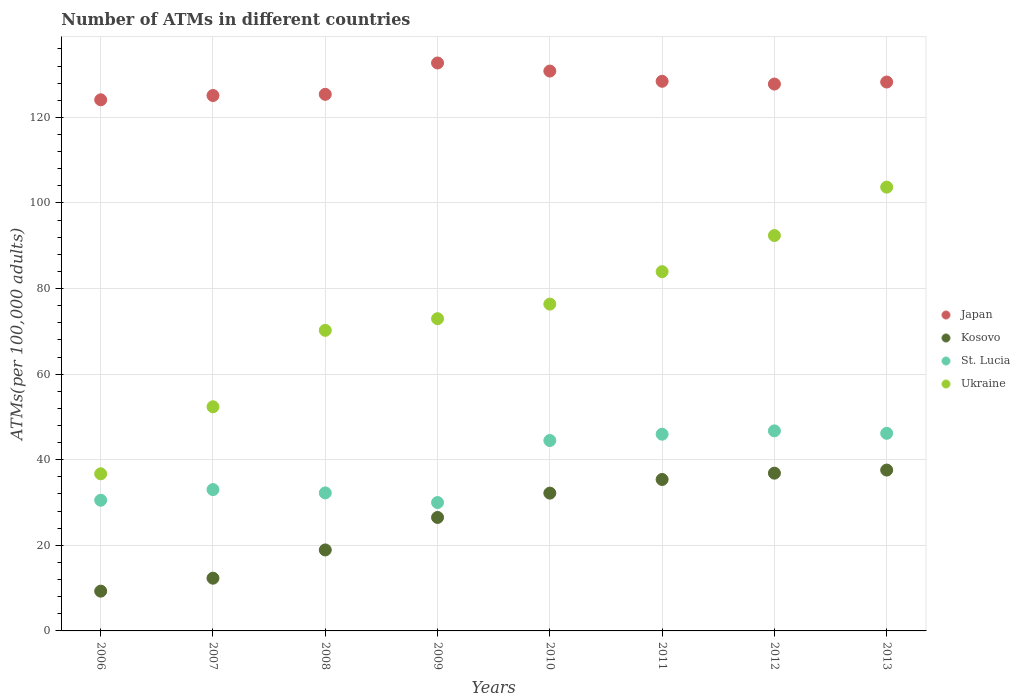
| Years | Japan | Kosovo | St. Lucia | Ukraine |
 | --- | --- | --- | --- | --- |
 | 2006 | 124 | 9.29 | 30.5 | 36.7 |
 | 2007 | 125 | 12.3 | 33 | 52.4 |
 | 2008 | 125 | 18.9 | 32.2 | 70.2 |
 | 2009 | 133 | 26.5 | 30 | 73 |
 | 2010 | 131 | 32.2 | 44.5 | 76.4 |
 | 2011 | 128 | 35.4 | 46 | 83.9 |
 | 2012 | 128 | 36.9 | 46.7 | 92.4 |
 | 2013 | 128 | 37.6 | 46.2 | 104 |